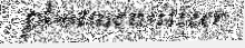
photosensitizer